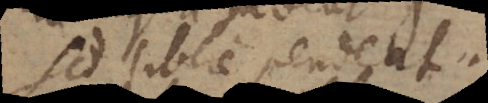
sed libere pendeat.